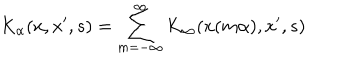
LaTeX: K _ { \alpha } ( x , x ^ { \prime } , s ) = \sum _ { m = - \infty } ^ { \infty } K _ { \infty } ( x ( m \alpha ) , x ^ { \prime } , s )